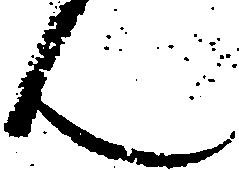
ん